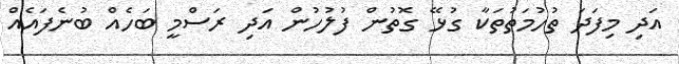
އަދި މިފަދަ ތުހުމަތުތަކާ ގުޅޭ ގޮތުން ފުލުހުން އަދި ރަސްމީ ބަހެއް ބުނެފައެއް